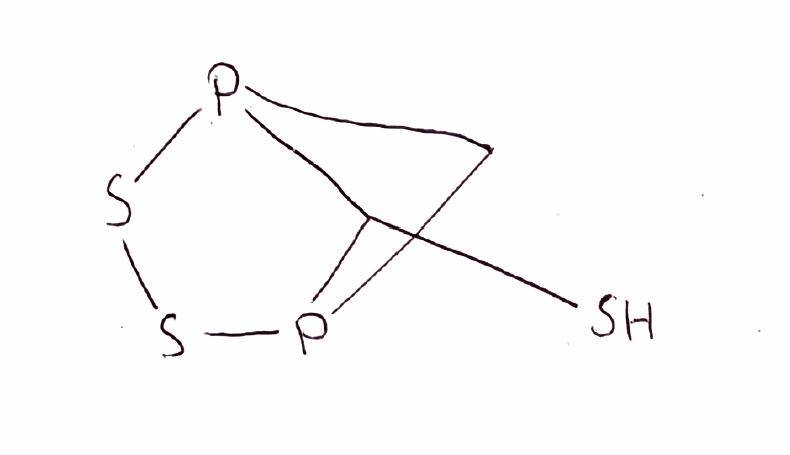
Simplified molecular-input line-entry system (SMILES) notation of the given molecule:
C1P2C(P1SS2)S